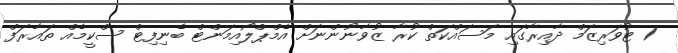
1 ޓުވަރިޒަމް ދާއިރާގައި މަސައްކަތް ކުރާ ޒުވާނުންނަށް އެމްޕްލޯއިމަންޓް ބެނިފިޓް ސްކީމެއް ތައާރަފް